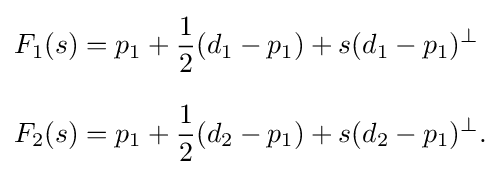
{\begin{aligned}F_{1}(s)&=p_{1}+{\frac {1}{2}}(d_{1}-p_{1})+s(d_{1}-p_{1})^{\perp }\\[8pt]F_{2}(s)&=p_{1}+{\frac {1}{2}}(d_{2}-p_{1})+s(d_{2}-p_{1})^{\perp }.\end{aligned}}